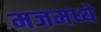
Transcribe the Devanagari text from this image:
मजमध्ये